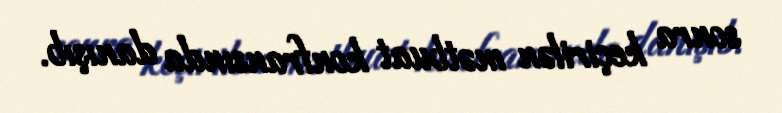
sonra keçirilən mətbuat konfransında danışıb.